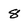
Character: 8